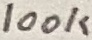
Text: 100K